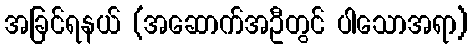
အခြင်ရနယ် (အဆောက်အဦတွင် ပါသောအရာ)